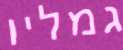
גמליו